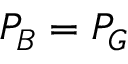
P _ { B } = P _ { G }